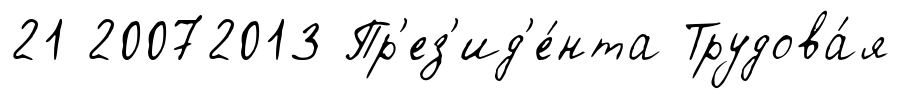
21 20072013 Пр'ез'ид'е́нта Трудова́я